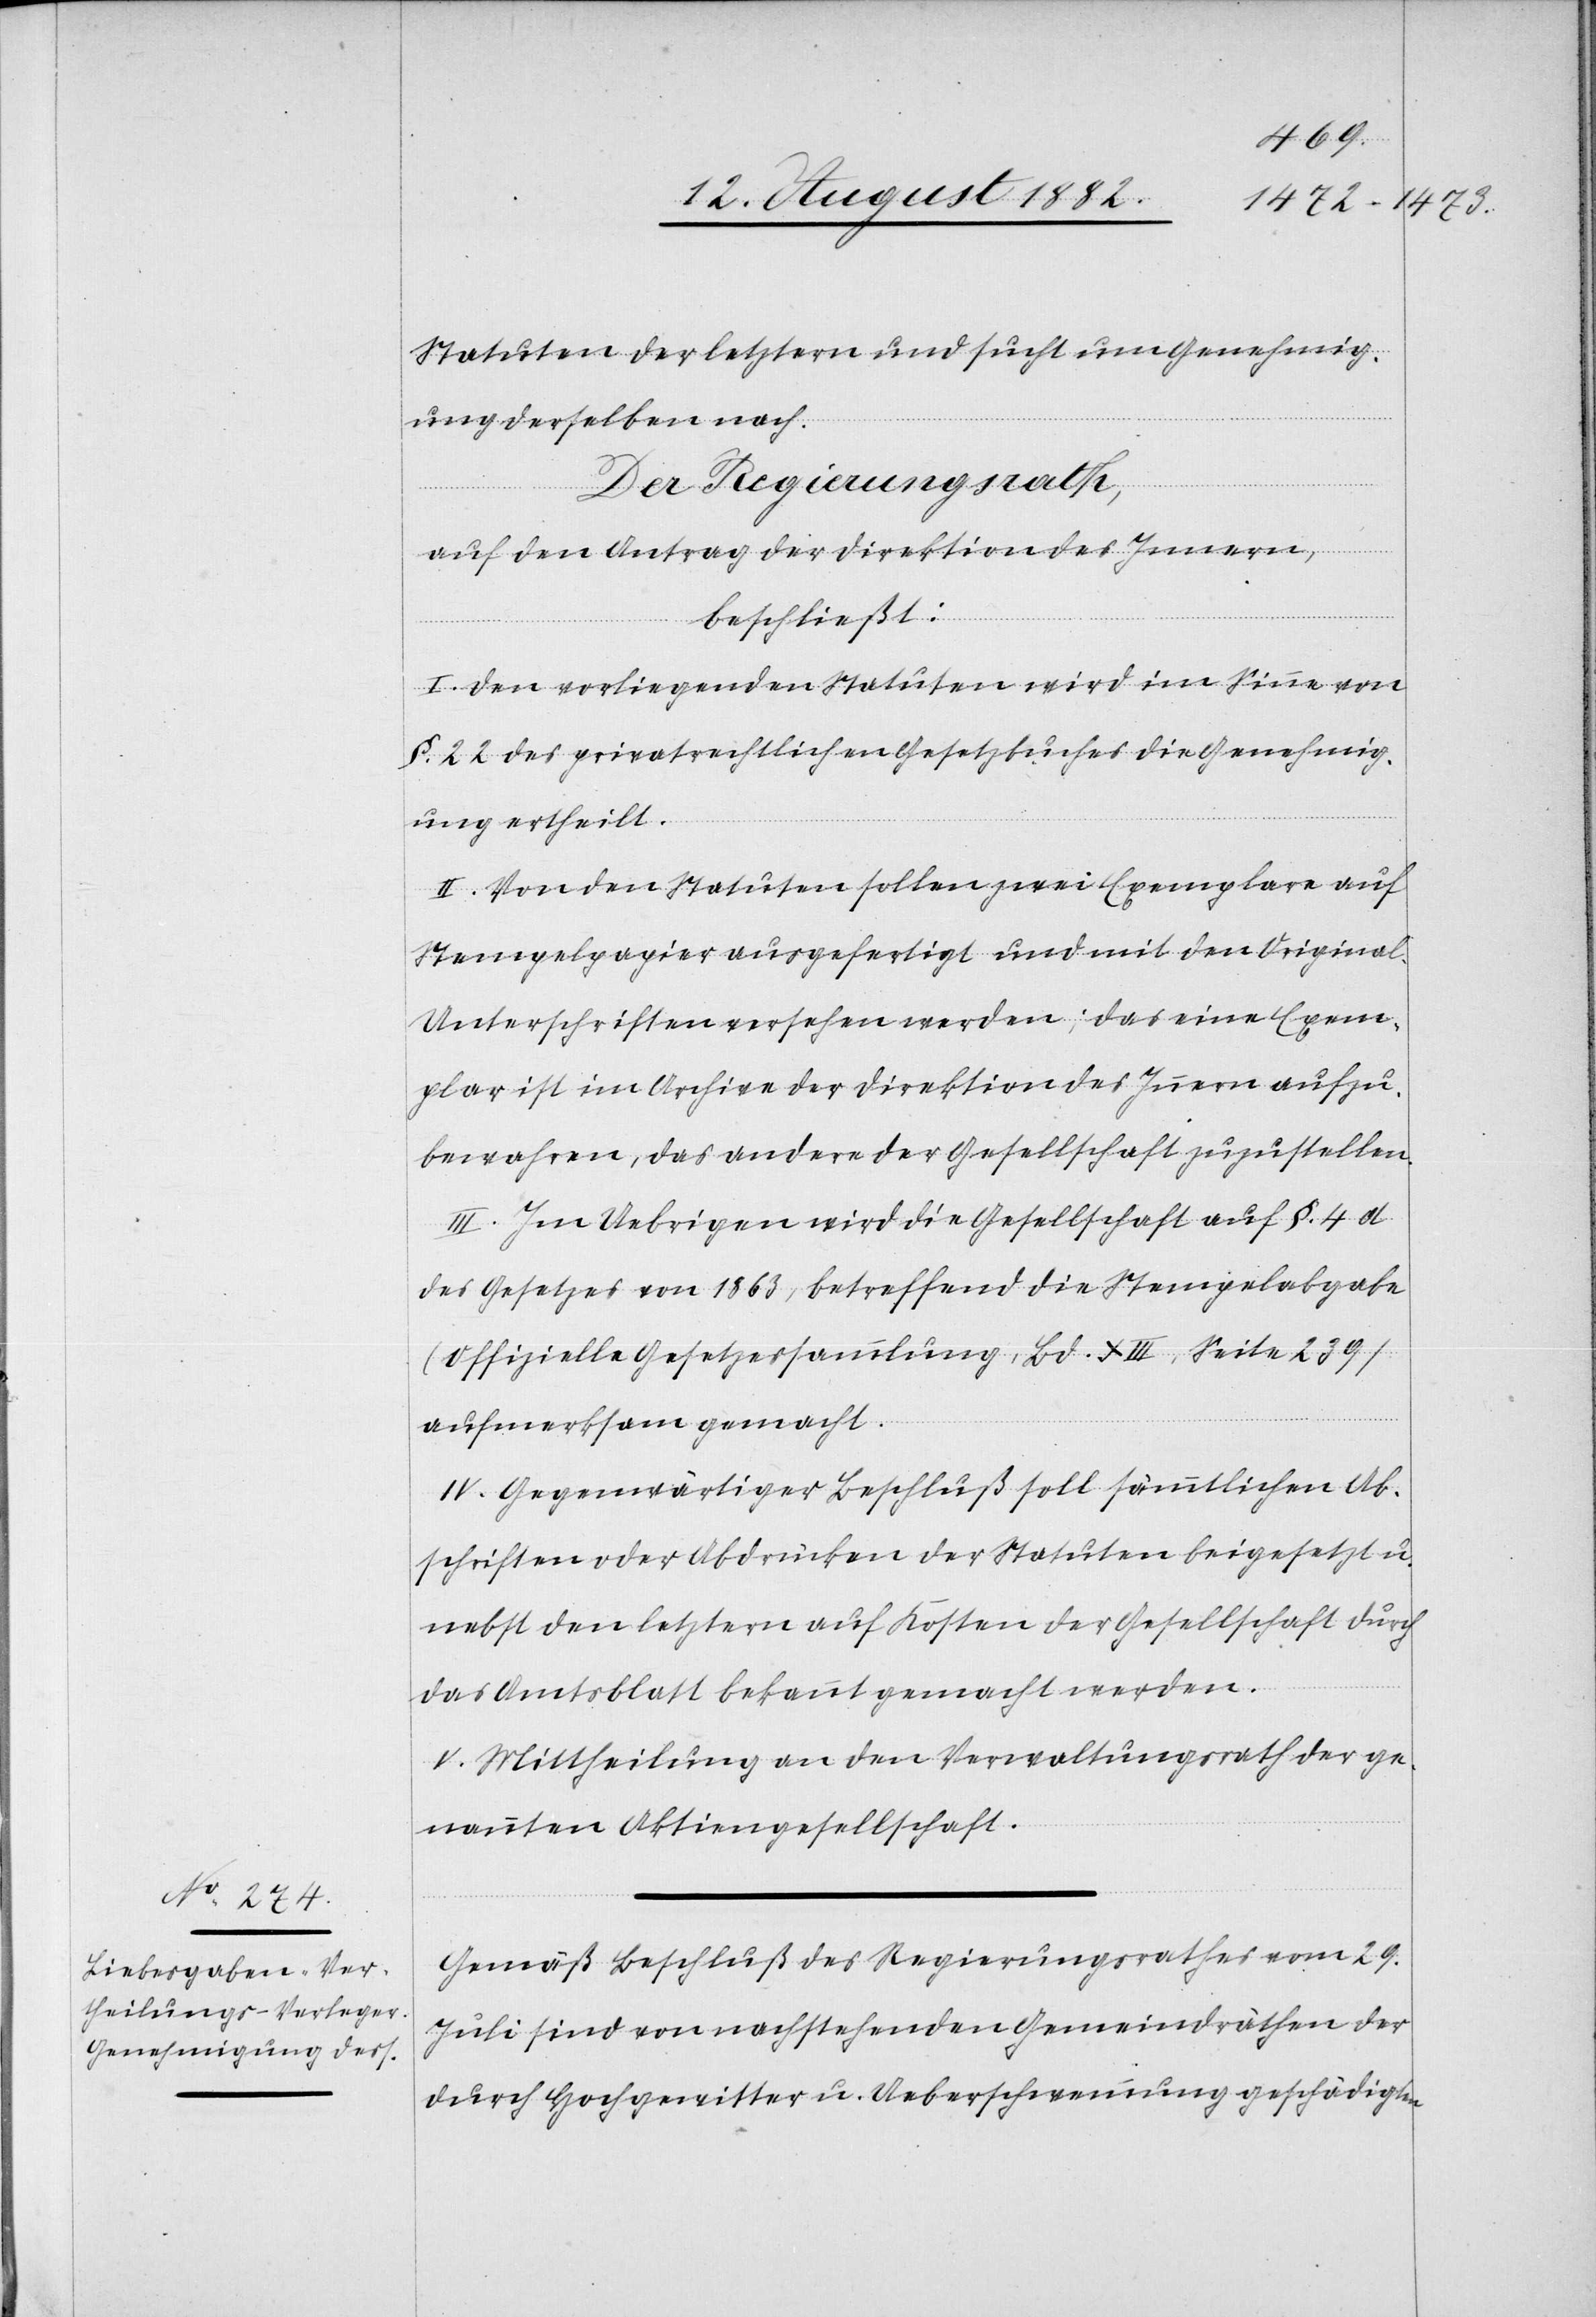
Statuten der letztern und sich um Genehmig¬
ung derselben nach.
Der Regierungsrath;
auf den Antrag der Direktion des Innern,
beschließt:
I. Den vorliegenden Statuten wird im Sinne von
§. 22 des privatrechtlichen Gesetzbuches die Genehmig¬
ung ertheilt.
II. Von den Statuten sollen zwei Exemplare auf
Stempelpapier ausgefertigt und mit den Original-U¬
nterschriften versehen werden; das eine Exem¬
plar ist im Archiv der Direktion des Innern aufzu¬
bewahren, das andere der Gesellschaft zuzustellen.
III. Im Uebrigen wird die Gesellschaft auf §. 4 d
des Gesetzes von 1863, betreffend die Stempelabgabe
(Offizielle Gesetzessammlung, Bd. XIII, Seite 239)
aufmerksam gemacht.
IV. Gegenwärtiger Beschluß soll sämmtlichen Ab¬
schriften oder Abdrücken der Statuten beigesetzt u.
nebst den letztern auf Kosten der Gesellschaft durch
das Amtsblatt bekannt gemacht werden.
V. Mittheilung an den Verwaltungsrath der ge¬
nannten Aktiengesellschaft.
Gemäß Beschluß des Regierungsrathes vom 29.
Juli sind von nachstehenden Gemeindräthen der
durch Hochgewitter u. Ueberschwemmungen geschädigten